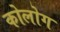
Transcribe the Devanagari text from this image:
कोलोग